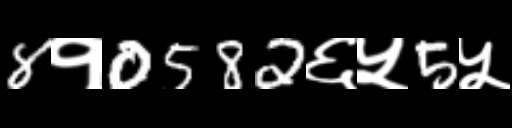
Text: 8१0582६५5५